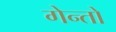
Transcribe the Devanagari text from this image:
गेन्तो